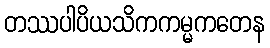
တဿပါပိယသိကကမ္မကတေန